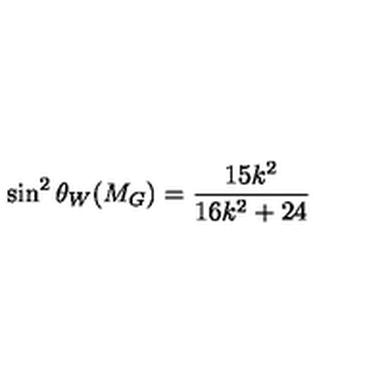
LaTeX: \sin ^ { 2 } \theta _ { W } ( M _ { G } ) = \frac { 1 5 k ^ { 2 } } { 1 6 k ^ { 2 } + 2 4 }